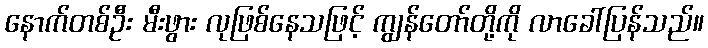
နောက်တစ်ဦး မီးဖွား လုဖြစ်နေသဖြင့် ကျွန်တော်တို့ကို လာခေါ်ပြန်သည်။